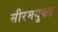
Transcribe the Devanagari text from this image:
सीरमयुक्त